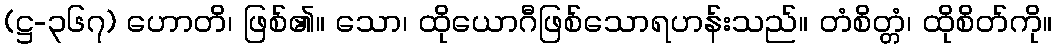
(ဋ္ဌ-၃၆၇) ဟောတိ၊ ဖြစ်၏။ သော၊ ထိုယောဂီဖြစ်သောရဟန်းသည်။ တံစိတ္တံ၊ ထိုစိတ်ကို။